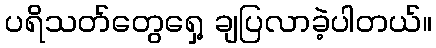
ပရိသတ်တွေရှေ့ ချပြလာခဲ့ပါတယ်။